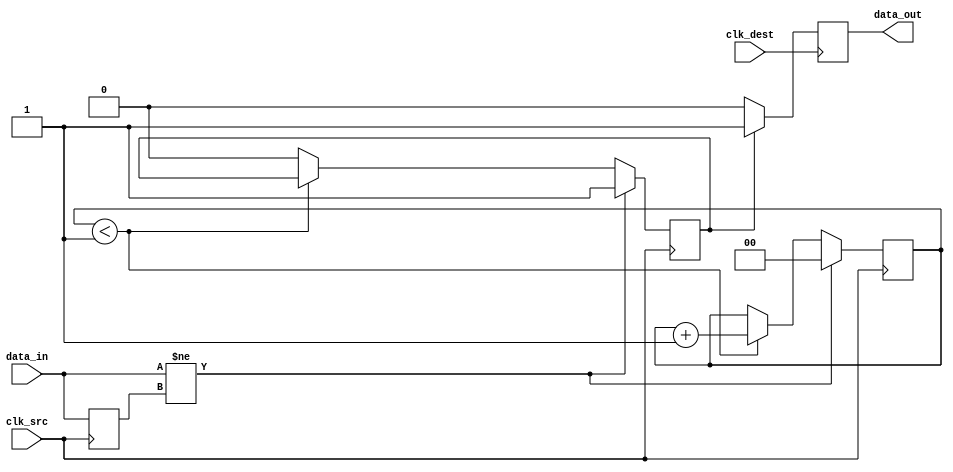
module pulsed_synchronizer #(
    parameter PULSE_WIDTH = 2 // Define pulse width in clock cycles
)(
    input wire data_in,        // Asynchronous input signal
    input wire clk_src,        // Source clock
    input wire clk_dest,       // Destination clock
    output reg data_out        // Synchronized output signal
);

    reg data_in_sync1;         // First stage of synchronization
    reg pulse;                 // Pulse signal
    reg [1:0] pulse_counter;   // Counter for pulse width

    // Generate pulse on data_in transition
    always @(posedge clk_src) begin
        if (data_in != data_in_sync1) begin
            pulse <= 1'b1; // Generate pulse on transition
            pulse_counter <= 0; // Reset pulse counter
        end else if (pulse_counter < PULSE_WIDTH - 1) begin
            pulse_counter <= pulse_counter + 1; // Increment pulse counter
        end else begin
            pulse <= 1'b0; // End pulse after defined width
        end
        data_in_sync1 <= data_in; // Synchronize input signal
    end

    // Synchronize pulse signal to destination clock
    always @(posedge clk_dest) begin
        if (pulse) begin
            data_out <= 1'b1; // Set output high on pulse
        end else begin
            data_out <= 1'b0; // Clear output when pulse is not active
        end
    end

endmodule